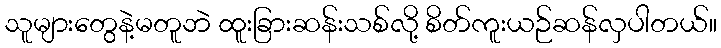
သူများတွေနဲ့မတူဘဲ ထူးခြားဆန်းသစ်လို့ စိတ်ကူးယဉ်ဆန်လှပါတယ်။